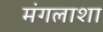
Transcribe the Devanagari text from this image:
मंगलाशा